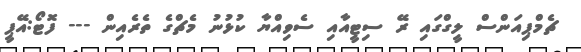
ޗެމްޕިއަންސް ލީގްގައި ރޭ ސިޓީއާއި ސެވިއްޔާ ކުޅުނު މެޗްގެ ތެރެއިން --- ފޮޓޯ:އޭޕީ